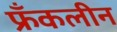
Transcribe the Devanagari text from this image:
फ्रँकलीन